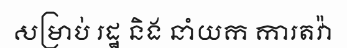
សម្រាប់ រដ្ឋ និង នាំយក ការតវ៉ា